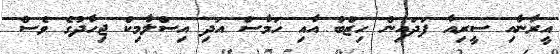
އީރާނާއި ސީރިއާ ފަދައިން ހިޒްބު އާއި ހަމާސް އަދި އިސްލާމިކް ޖިހާދުގެ ވެސް